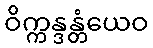
ဝိက္ကန္ဒန္တံယေဝ